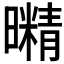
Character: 𭨇